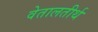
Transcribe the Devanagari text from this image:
वेतालतीर्थ